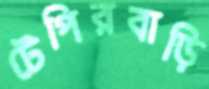
টেপিরবাড়ি